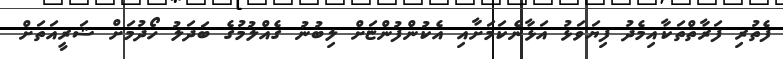
ފެތުރި ފަރާތްތަކާއިމެދު ފިޔަވަޅު އަޅާނެކަމަށާއި އެކުންފުންޏަށް ލިބުނު ގެއްލުމުގެ ބަދަލު ހޯދުމަށް ޝަރީއަތަށް